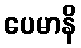
ပေမာနိ